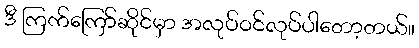
ဒီ ကြက်ကြော်ဆိုင်မှာ အလုပ်ဝင်လုပ်ပါတော့တယ်။